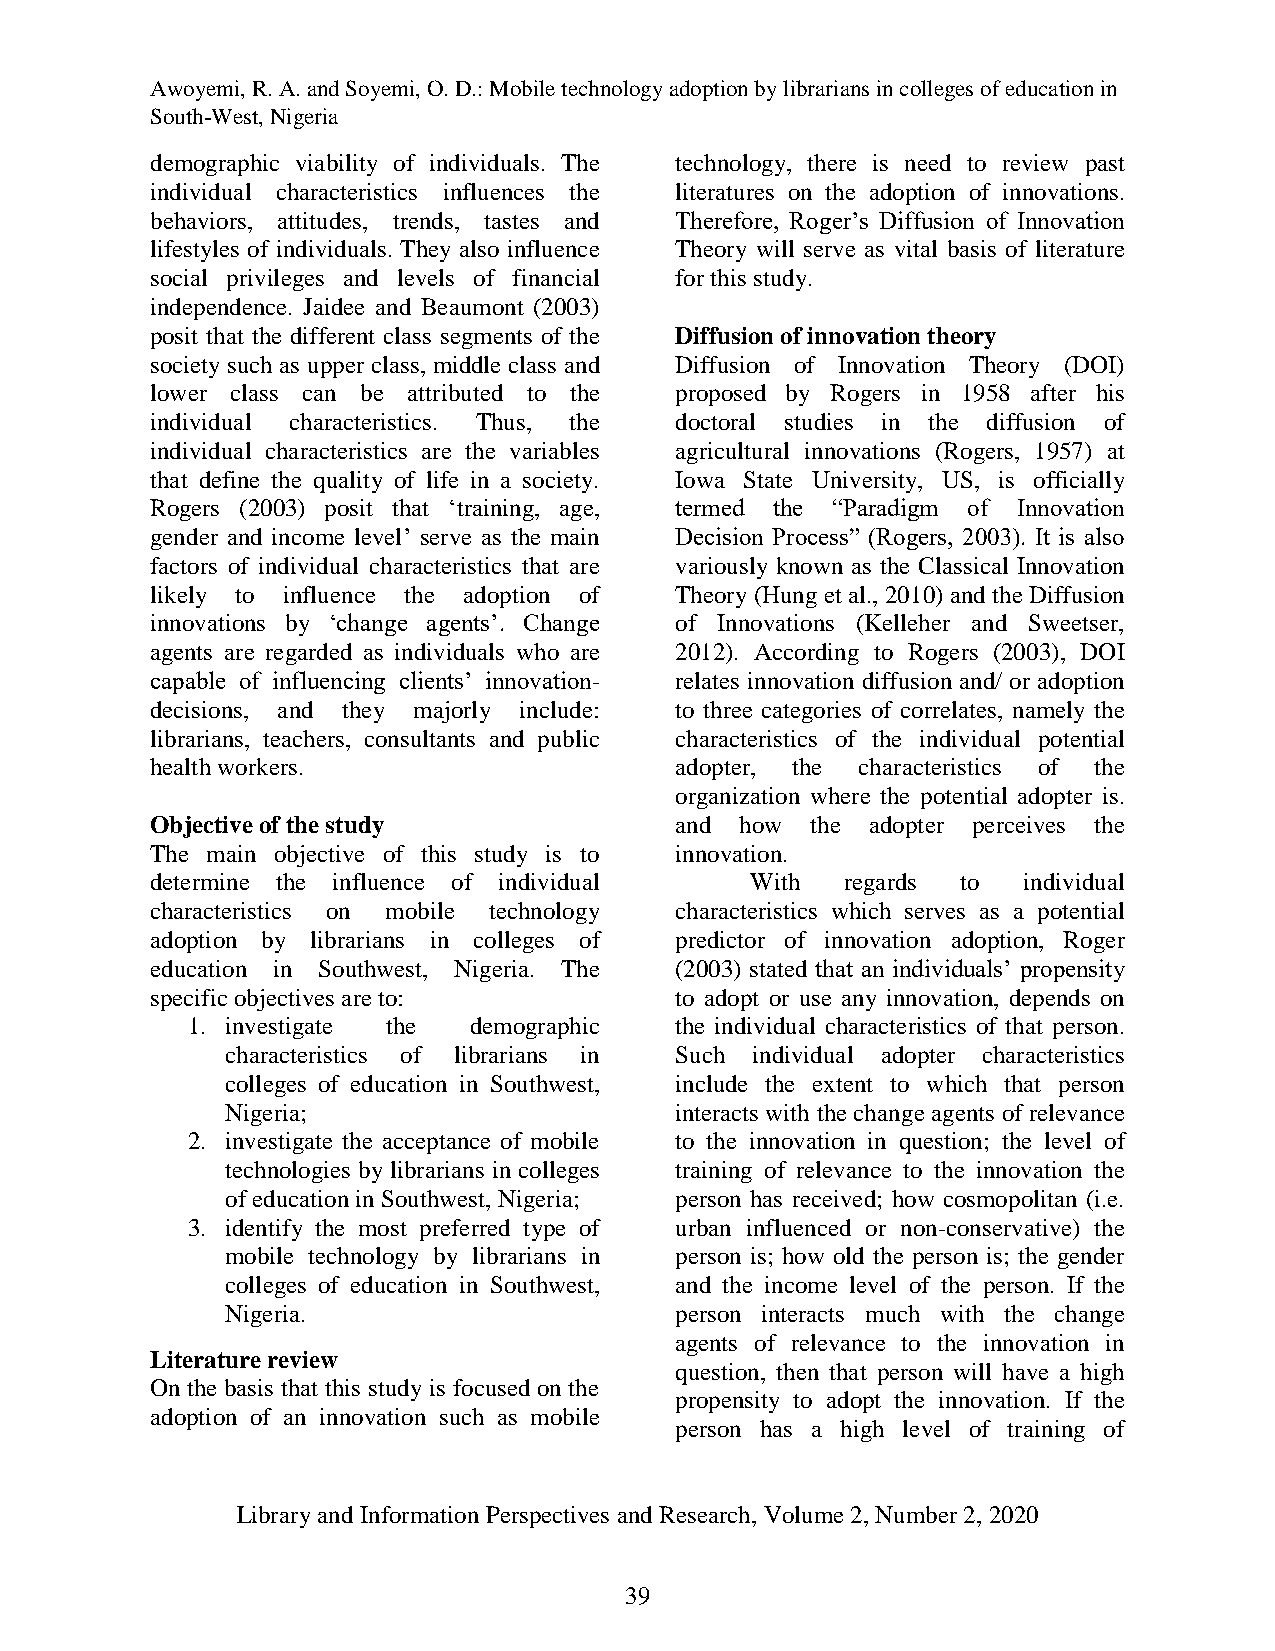
Awoyemi, R. A. and Soyemi, O. D.: Mobile technology adoption by librarians in colleges of education in
 South-West, Nigeria
 demographic viability of individuals. The technology, there is need to review past
 individual characteristics influences the literatures on the adoption of innovations.
 behaviors, attitudes, trends, tastes and Therefore, Roger‟s Diffusion of Innovation
 lifestyles of individuals. They also influence Theory will serve as vital basis of literature
 social privileges and levels of financial for this study.
 independence. Jaidee and Beaumont (2003)
 posit that the different class segments of the Diffusion of innovation theory
 society such as upper class, middle class and Diffusion of Innovation Theory (DOI)
 lower class can be attributed to the proposed by Rogers in 1958 after his
 individual characteristics. Thus, the doctoral studies in the diffusion of
 individual characteristics are the variables agricultural innovations (Rogers, 1957) at
 that define the quality of life in a society. Iowa State University, US, is officially
 Rogers (2003) posit that „training, age, termed the “Paradigm of Innovation
 gender and income level‟ serve as the main Decision Process” (Rogers, 2003). It is also
 factors of individual characteristics that are variously known as the Classical Innovation
 likely to influence the adoption of Theory (Hung et al., 2010) and the Diffusion
 innovations by „change agents‟. Change of Innovations (Kelleher and Sweetser,
 agents are regarded as individuals who are 2012). According to Rogers (2003), DOI
 capable of influencing clients‟ innovation- relates innovation diffusion and/ or adoption
 decisions, and they majorly include: to three categories of correlates, namely the
 librarians, teachers, consultants and public characteristics of the individual potential
 health workers.                    adopter, the characteristics of the
 organization where the potential adopter is.
 Objective of the study             and how  the adopter perceives the
 The main objective of this study is to innovation.
 determine the influence of individual   With  regards to  individual
 characteristics on mobile technology characteristics which serves as a potential
 adoption by librarians in colleges of predictor of innovation adoption, Roger
 education in Southwest, Nigeria. The (2003) stated that an individuals‟ propensity
 specific objectives are to:        to adopt or use any innovation, depends on
 1. investigate the demographic   the individual characteristics of that person.
 characteristics of librarians in Such individual adopter characteristics
 colleges of education in Southwest, include the extent to which that person
 Nigeria;                      interacts with the change agents of relevance
 2. investigate the acceptance of mobile to the innovation in question; the level of
 technologies by librarians in colleges training of relevance to the innovation the
 of education in Southwest, Nigeria; person has received; how cosmopolitan (i.e.
 3. identify the most preferred type of urban influenced or non-conservative) the
 mobile technology by librarians in person is; how old the person is; the gender
 colleges of education in Southwest, and the income level of the person. If the
 Nigeria.                      person interacts much with the change
 agents of relevance to the innovation in
 Literature review
 question, then that person will have a high
 On the basis that this study is focused on the
 propensity to adopt the innovation. If the
 adoption of an innovation such as mobile
 person has a high level of training of
 Library and Information Perspectives and Research, Volume 2, Number 2, 2020
 39